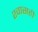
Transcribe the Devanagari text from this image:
श्‍वासही